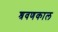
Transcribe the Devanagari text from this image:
श्रवणकाल